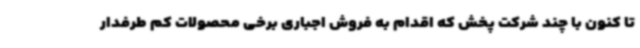
تا کنون با چند شرکت پخش که اقدام به فروش اجباری برخی محصولات کم طرفدار